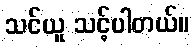
သင်ယူ သင့်ပါတယ်။